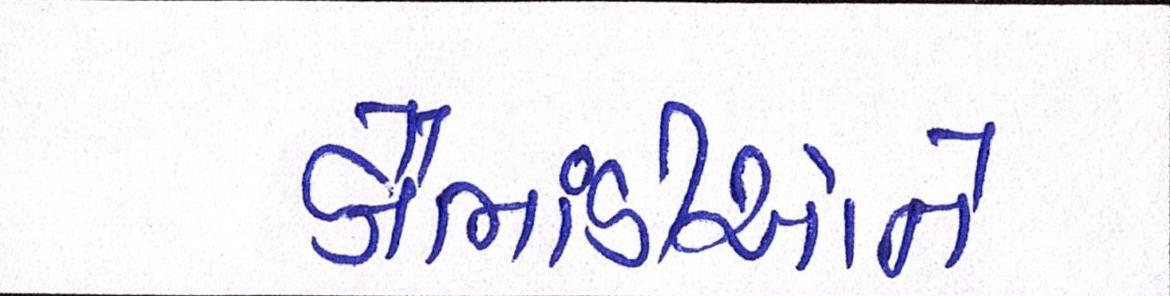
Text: કૌભાંડીઓને